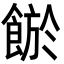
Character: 𩜏